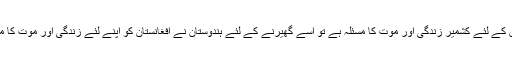
(۱): پاکستان کے لئے کشمیر زندگی اور موت کا مسئلہ ہے تو اسے گھیرنے کے لئے ہندوستان نے افغانستان کو اپنے لئے زندگی اور موت کا مسئلہ بنا دیا ۔